Cholera in southern India
Disease focus: Cholera
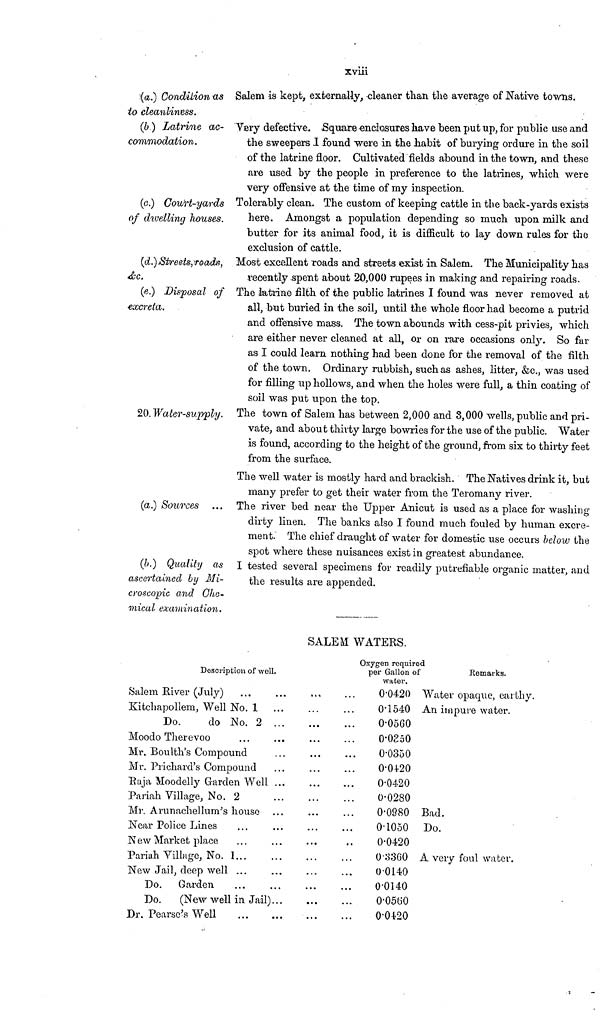
xviii
(a.) Condition as Salem is kept, externally, cleaner than the average of Native towns.
to cleanliness.
(b ) Latrine ac-
commodation.
Very defective. Square enclosures have been put up, for public use and
the sweepers I found were in the habit of burying ordure in the soil
of the latrine floor. Cultivated fields abound in the town, and these
are used by the people in preference to the latrines, which were
very offensive at the time of my inspection.
(c.) Court-yards
of dwelling houses.
Tolerably clean. The custom of keeping cattle in the back-yards exists
here. Amongst a population depending so much upon milk and
butter for its animal food, it is difficult to lay down rules for the
exclusion of cattle.
(d.)Streets, roads,
&c.
Most excellent roads and streets exist in Salem. The Municipality has
recently spent about 20,000 rupees in making and repairing roads.
(e.) Disposal of
excreta.
The latrine filth of the public latrines I found was never removed at
all, but buried in the soil, until the whole floor had become a putrid
and offensive mass. The town abounds with cess-pit privies, which
are either never cleaned at all, or on rare occasions only. So far
as I could learn nothing had been done for the removal of the filth
of the town. Ordinary rubbish, such as ashes, litter, &c, was used
for filling up hollows, and when the holes were full, a thin coating of
soil was put upon the top.
20. Water-supply. The town of Salem has between 2,000 and 8,000 wells, public and pri-
vate, and about thirty large bowries for the use of the public. Water
is found, according to the height of the ground, from six to thirty feet
from the surface.
The well water is mostly hard and brackish. The Natives drink it, but
many prefer to get their water from the Teromany river.
(a.) Sources
The river bed near the Upper Anicut is used as a place for washing
dirty linen. The banks also I found much fouled by human excre-
ment. The chief draught of water for domestic use occurs below the
spot where these nuisances exist in greatest abundance.
(b.) Quality as
ascertained by Mi-
croscopic and Che-
mical examination.
I tested several specimens for readily putrefiable organic matter, and
the results are appended.
SALEM WATERS.
Description of well.
Salem River (July)
Kitchapollem, Well No. 1
Do.
do No. 2 ...
Moodo Therevoo
Mr. Boulth's Compound
Mr. Prichard's Compound
Raja Moodelly Garden Well ...
Pariah Village, No. 2
Mr. Arunachellum's house
Near Police Lines
New Market place
Pariah Village, No. 1
New Jail, deep well ...
Do. Garden
Do.
(New well in Jail)...
Dr. Pearse's Well
...
...
...
...
...
...
...
...
...
Oxygen required
per Gallon of
water.
0.0420
0.1540
0.0560
0.0350
0.0350
0.0420
0.0420
0.0280
0.0980
0.1050
0.0420
0.3360
0.0140
0.0140
0.0560
0.0420
Remarks.
Water opaque, earthy.
An impure water.
Bad.
Do.
A. very foul water.